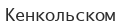
Кенкольском